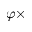
\varphi \times